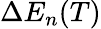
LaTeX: \Delta E_{n}(T)